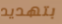
بتهديد